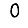
Digit: 0